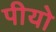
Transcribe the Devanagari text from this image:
पीयो